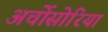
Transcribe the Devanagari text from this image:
अर्चोसोरिया